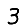
Digit: 3